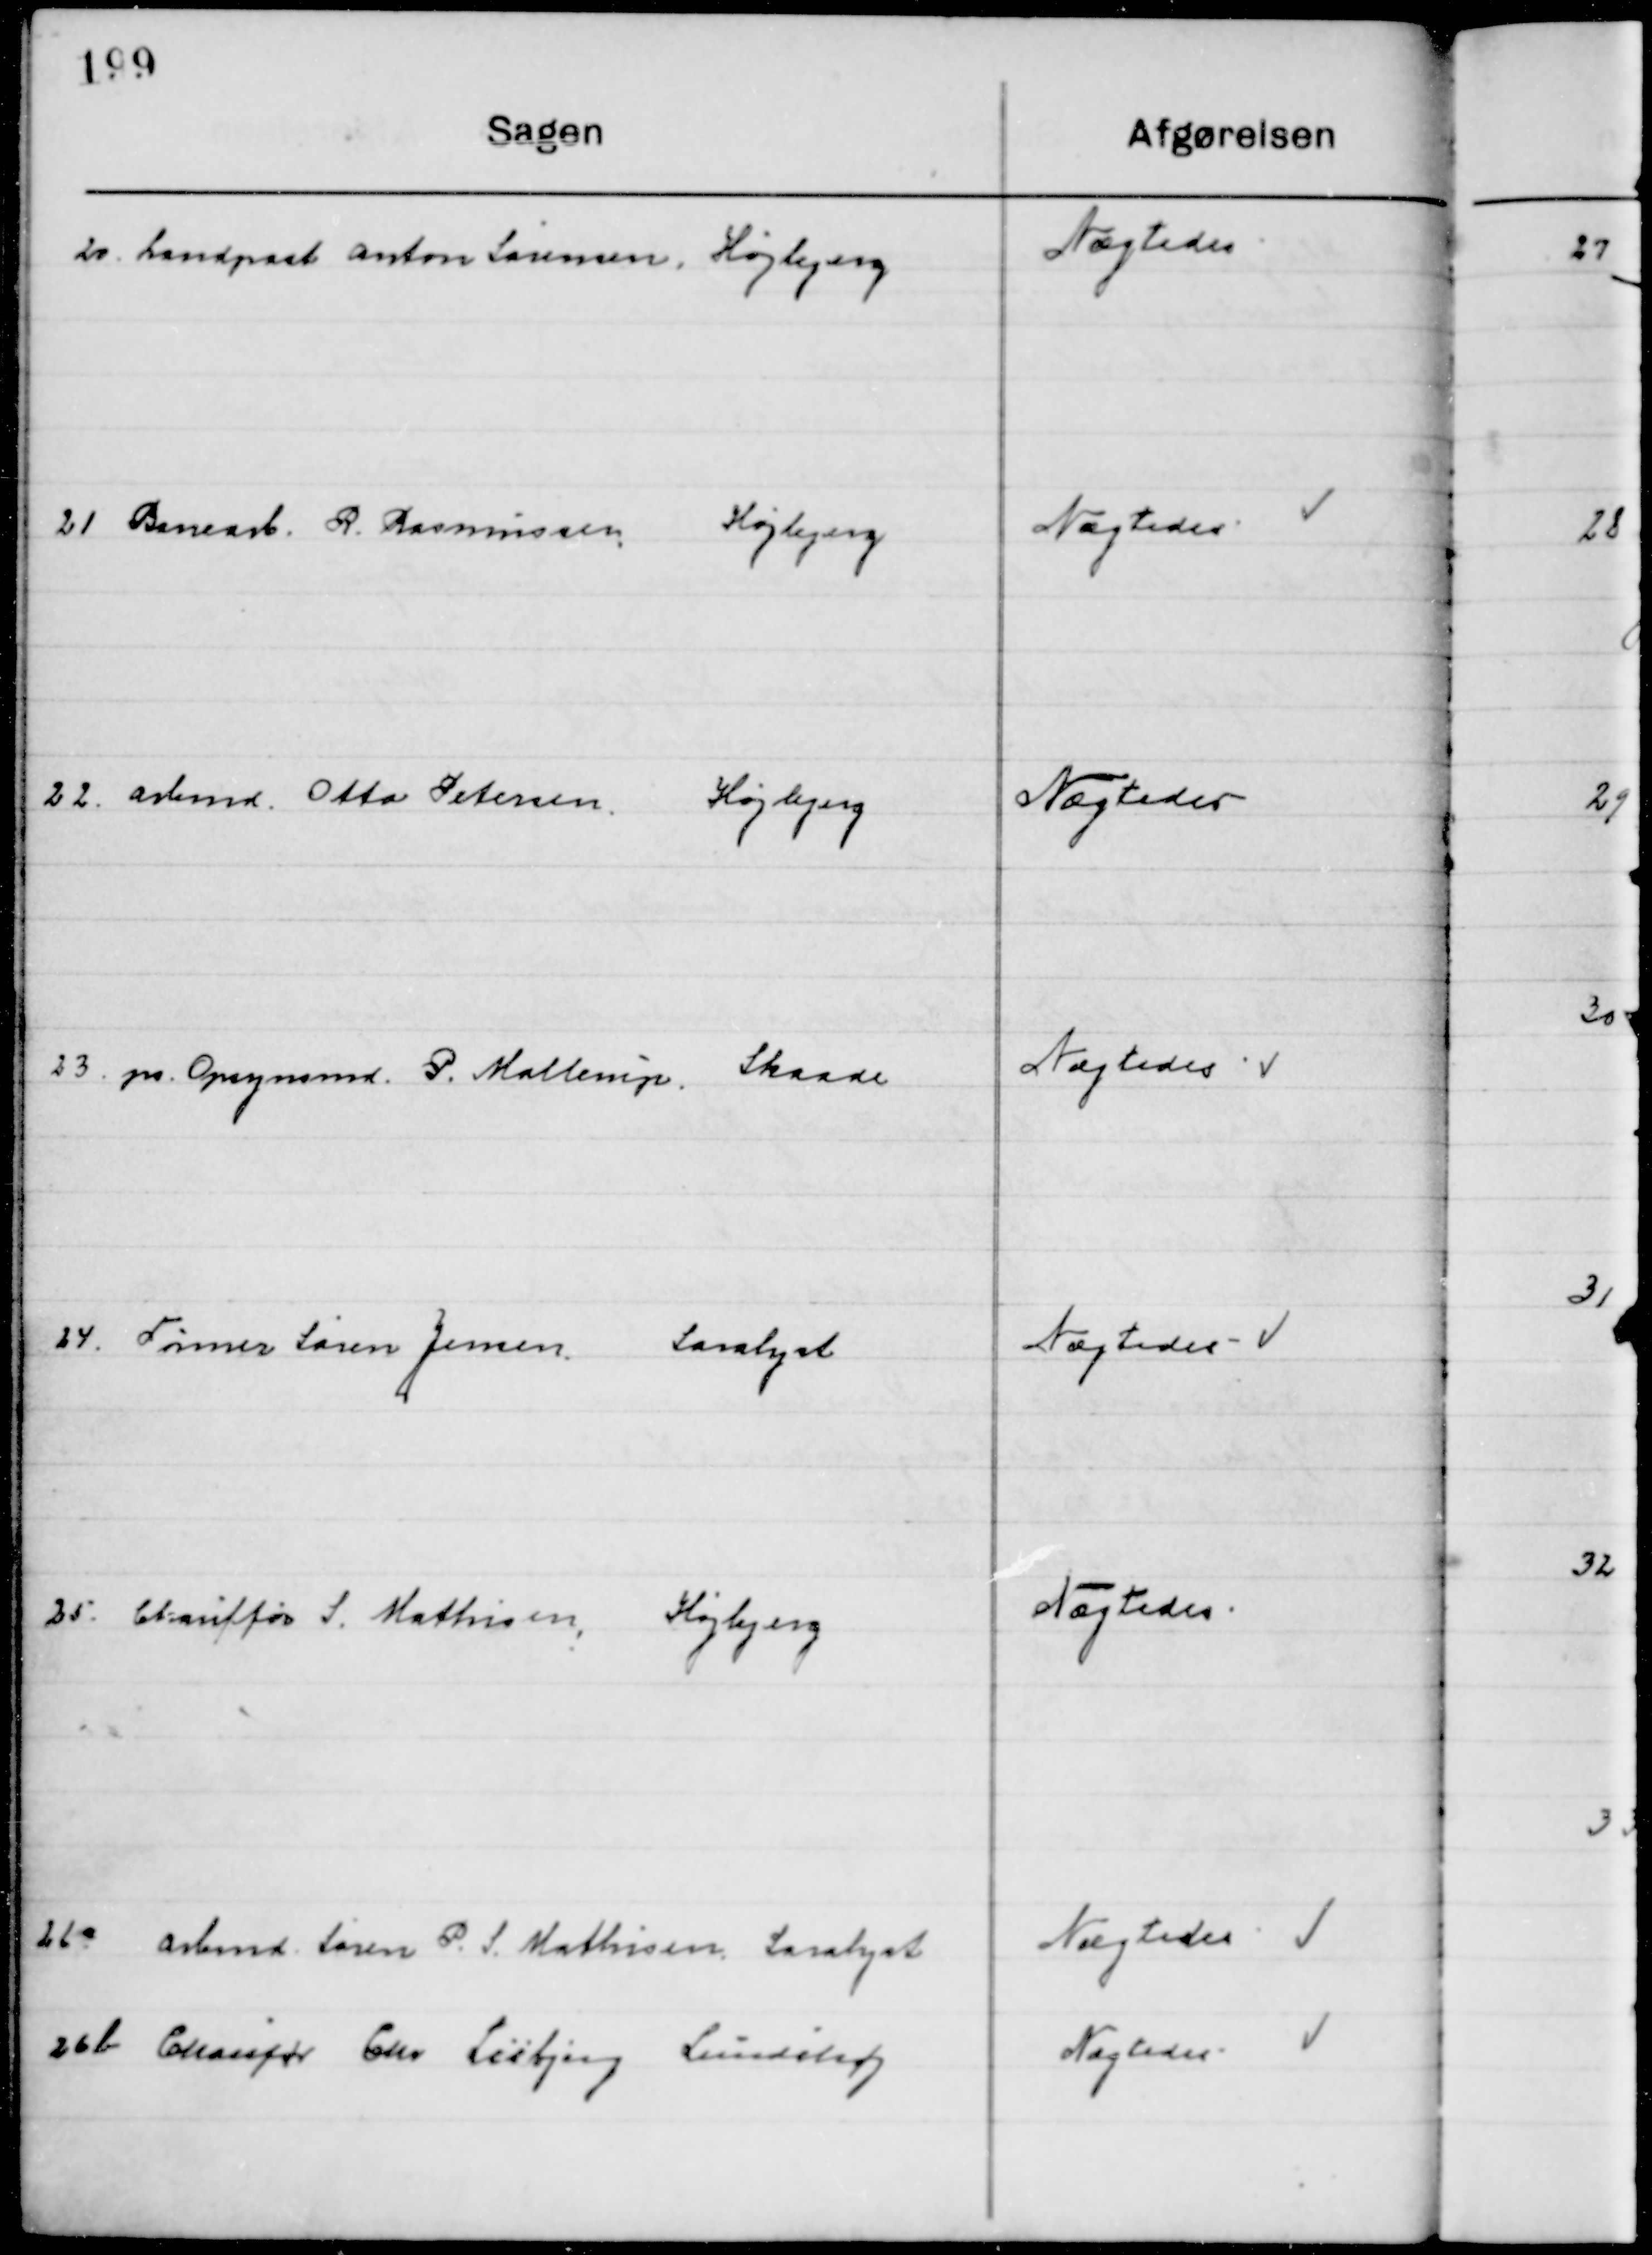
Transskription:
20

Landpost Anton Sørensen, Højbjerg

Nægtes

21

Banearb. R. Rasmussen,
Højbjerg

Nægtes

22

Arbmd. Otto Pedersen,	
Højbjerg

Nægtes

23

pr. Opsynsmd. P. Mallerup,	
Skaade

Nægtes

24

Tømrer Søren Jensen,
Saralyst

Nægtes

25

Chauffør S. Mathisen, Højbjerg	
Chauffør S. Mathisen, Højbjerg

Nægtes

26 a

Arbmd. Søren P. S. Mathisen, Saralyst

Nægtes

26 b

Chauffør Chr. Lisbjerg, Lindhøj

Nægtes